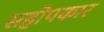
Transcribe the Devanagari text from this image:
सहोपकार